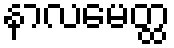
နာလမေတ္ထ